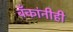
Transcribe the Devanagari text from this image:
बँकांनीही